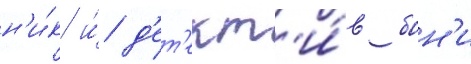
н'и́к и́ д'ет'ект'и́в бон'и